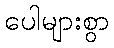
ပေါများစွာ